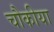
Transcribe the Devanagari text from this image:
चौकीया